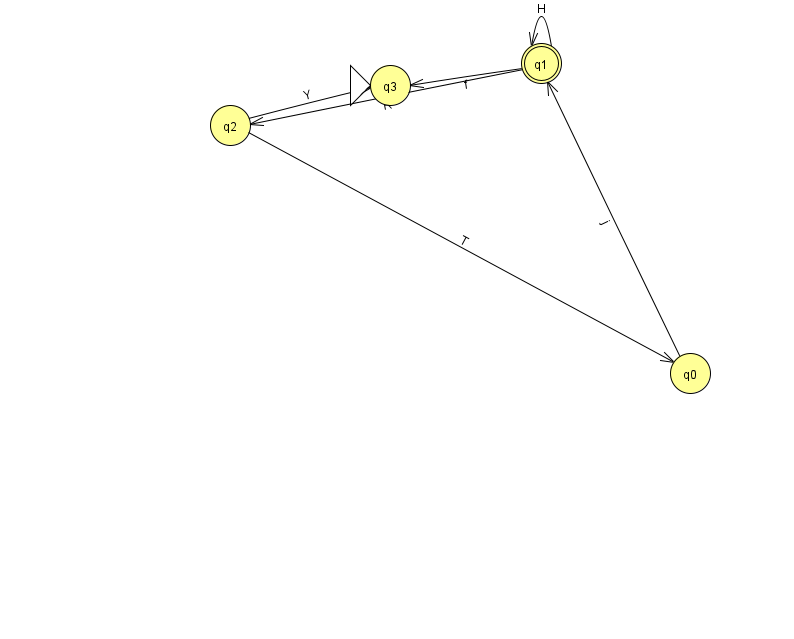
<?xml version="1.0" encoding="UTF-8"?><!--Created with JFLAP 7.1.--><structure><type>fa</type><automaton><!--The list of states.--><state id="0" name="q0"><x>690.0</x><y>360.0</y></state><state id="1" name="q1"><x>541.0</x><y>50.0</y><final/></state><state id="2" name="q2"><x>230.0</x><y>112.0</y></state><state id="3" name="q3"><x>390.0</x><y>72.0</y><initial/></state><!--The list of transitions.--><transition><from>1</from><to>2</to><read>R</read></transition><transition><from>2</from><to>3</to><read>Y</read></transition><transition><from>0</from><to>1</to><read>j</read></transition><transition><from>1</from><to>1</to><read>H</read></transition><transition><from>2</from><to>0</to><read>T</read></transition><transition><from>1</from><to>3</to><read>f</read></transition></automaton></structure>